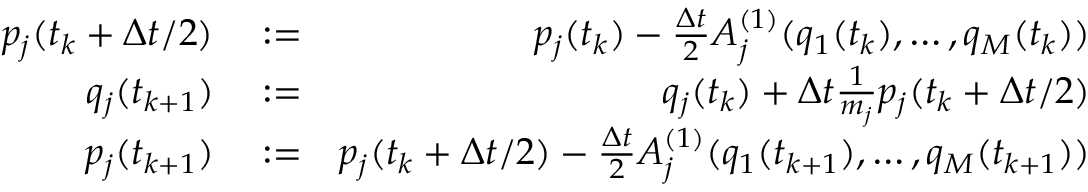
\begin{array} { r l r } { p _ { j } ( t _ { k } + \Delta t / 2 ) } & { { } : = } & { p _ { j } ( t _ { k } ) - \frac { \Delta t } { 2 } A _ { j } ^ { ( 1 ) } ( q _ { 1 } ( t _ { k } ) , \dots , q _ { M } ( t _ { k } ) ) } \\ { q _ { j } ( t _ { k + 1 } ) } & { { } : = } & { q _ { j } ( t _ { k } ) + \Delta t \frac { 1 } { m _ { j } } p _ { j } ( t _ { k } + \Delta t / 2 ) } \\ { p _ { j } ( t _ { k + 1 } ) } & { { } : = } & { p _ { j } ( t _ { k } + \Delta t / 2 ) - \frac { \Delta t } { 2 } A _ { j } ^ { ( 1 ) } ( q _ { 1 } ( t _ { k + 1 } ) , \dots , q _ { M } ( t _ { k + 1 } ) ) } \end{array}